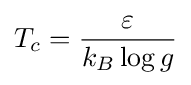
T_{c}={\frac {\varepsilon }{k_{B}\log g}}